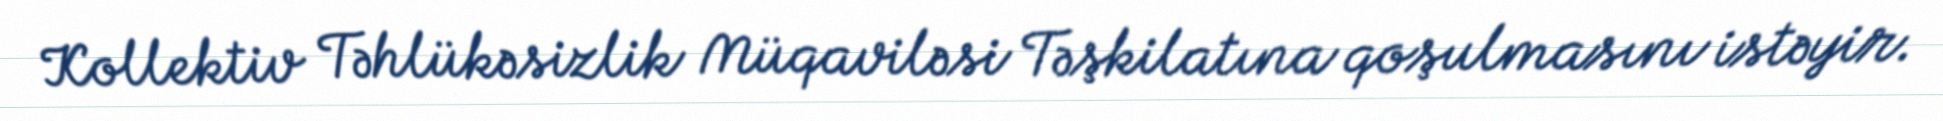
Kollektiv Təhlükəsizlik Müqaviləsi Təşkilatına qoşulmasını istəyir.